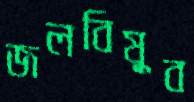
জলবিষুব